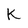
Character: K